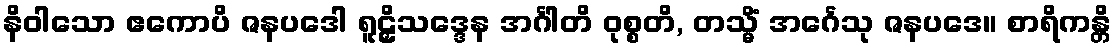
နိဝါသော ဧကောပိ ဇနပဒေါ ရူဠှိသဒ္ဒေန အင်္ဂါတိ ဝုစ္စတိ, တသ္မိံ အင်္ဂေသု ဇနပဒေ။ စာရိကန္တိ